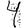
Digit: 4